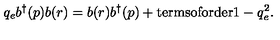
q _ { e } b ^ { \dagger } ( p ) b ( r ) = b ( r ) b ^ { \dagger } ( p ) + \mathrm { t e r m s o f o r d e r } 1 - q _ { e } ^ { 2 } .